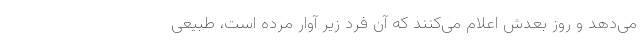
می‌دهد و روز بعدش اعلام می‌کنند که آن فرد زیر آوار مرده است، طبیعی